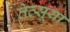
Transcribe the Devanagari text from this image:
तेत्सूया